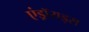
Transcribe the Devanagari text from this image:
एंड्रॉयड्स